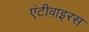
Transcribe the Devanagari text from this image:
एंटीवाइरस